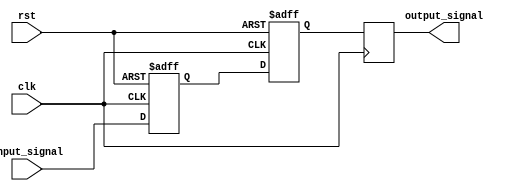
module two_flop_synchronizer (
  input wire clk,
  input wire rst,
  input wire input_signal,
  output reg output_signal
);

reg d_ff1;
reg d_ff2;

// First flip-flop
always @(posedge clk or posedge rst) begin
  if (rst) begin
    d_ff1 <= 1'b0;
  end else begin
    d_ff1 <= input_signal;
  end
end

// Second flip-flop
always @(negedge clk or posedge rst) begin
  if (rst) begin
    d_ff2 <= 1'b0;
  end else begin
    d_ff2 <= d_ff1;
  end
end

// Output signal
always @(posedge clk) begin
  output_signal <= d_ff2;
end

endmodule